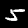
Digit: 5